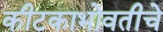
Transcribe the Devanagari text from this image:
कीटकाभोवतीचे